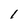
Character: 1